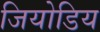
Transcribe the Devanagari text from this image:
जियोडिय